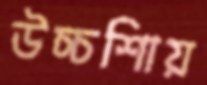
উচ্চশিায়